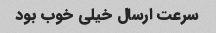
سرعت ارسال خیلی خوب بود